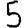
Digit: 5